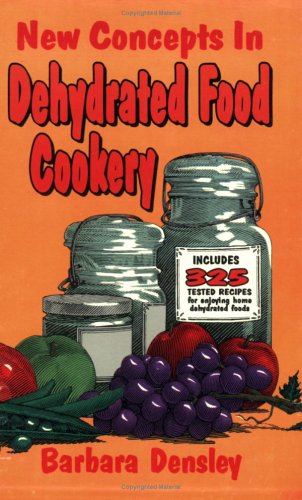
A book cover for New Concepts in Dehydrated Food Cookery: Hundreds of New Ideas and Tested Recipes for Enjoying Home Dehydrated Foods; Barbara Densley; Cookbooks, Food & Wine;